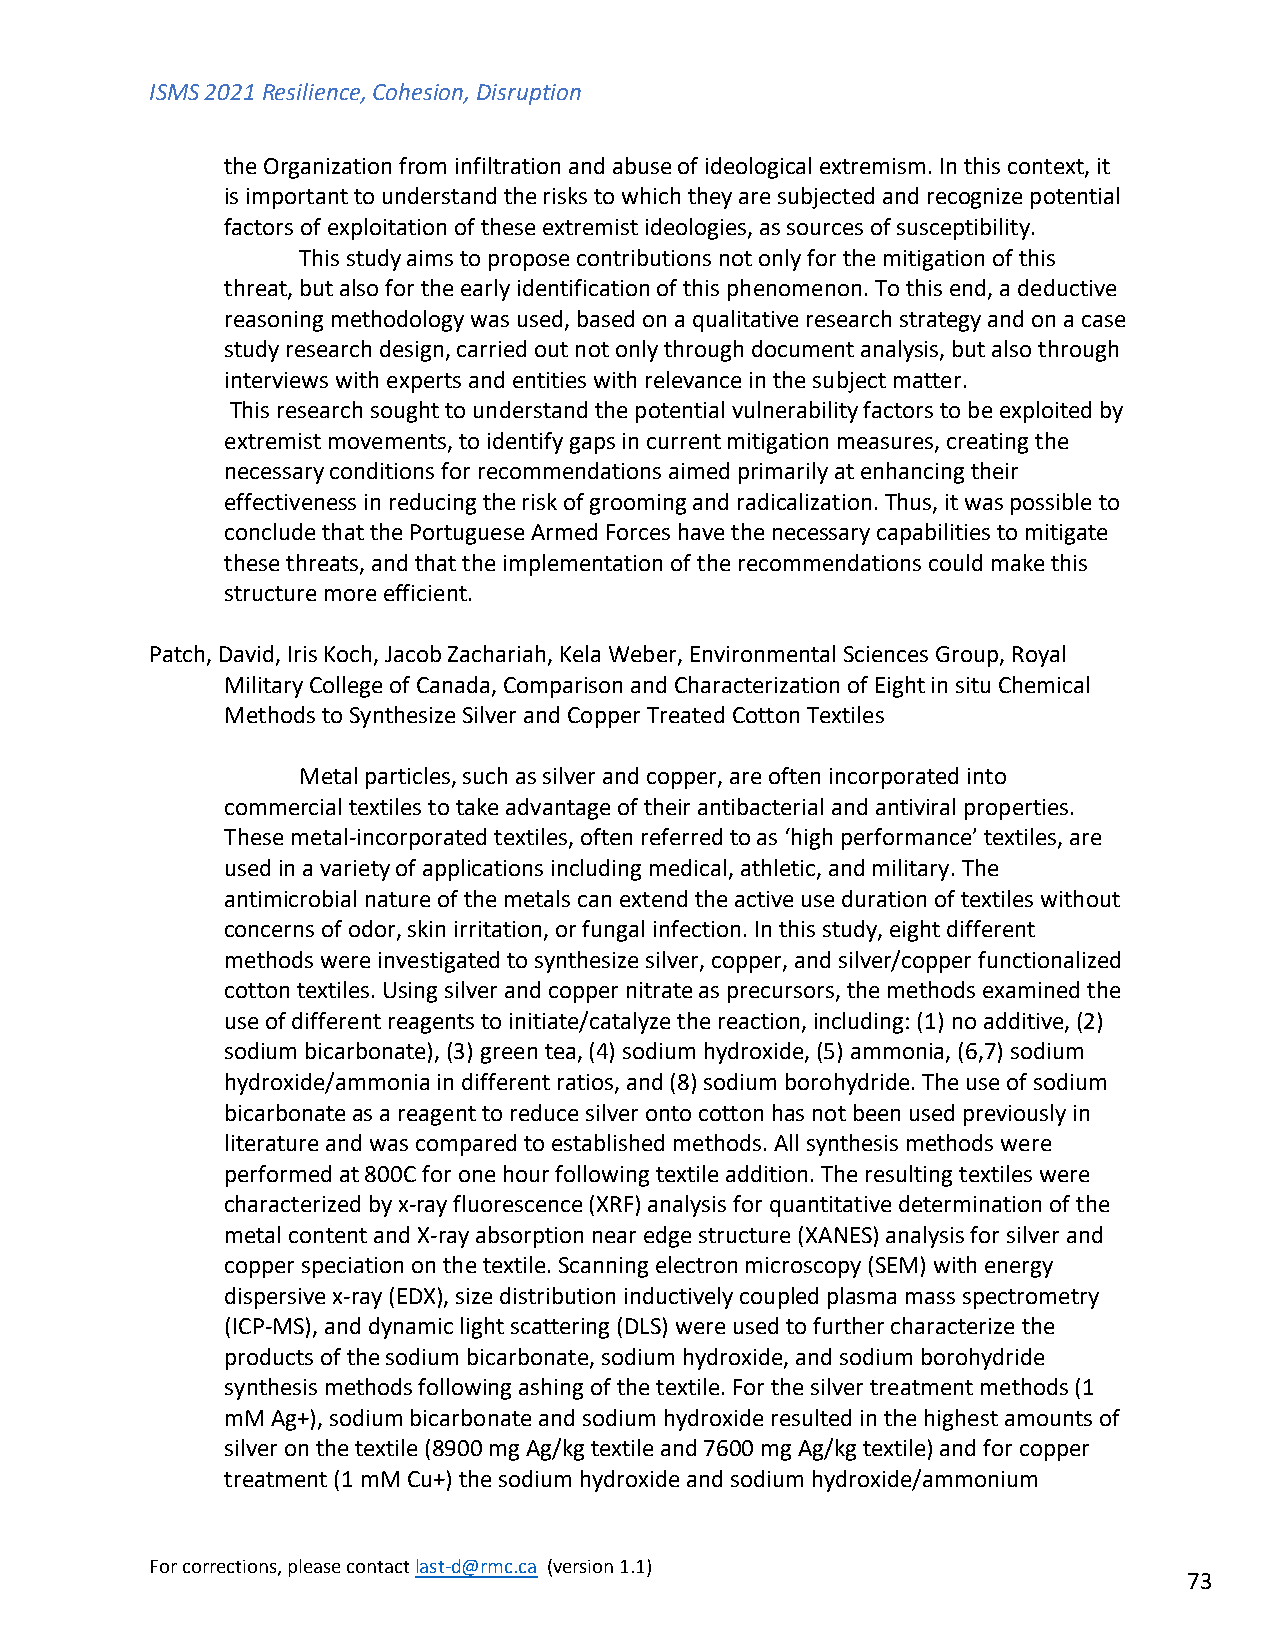
ISMS 2021 Resilience, Cohesion, Disruption
 the Organization from infiltration and abuse of ideological extremism. In this context, it
 is important to understand the risks to which they are subjected and recognize potential
 factors of exploitation of these extremist ideologies, as sources of susceptibility.
 This study aims to propose contributions not only for the mitigation of this
 threat, but also for the early identification of this phenomenon. To this end, a deductive
 reasoning methodology was used, based on a qualitative research strategy and on a case
 study research design, carried out not only through document analysis, but also through
 interviews with experts and entities with relevance in the subject matter.
 This research sought to understand the potential vulnerability factors to be exploited by
 extremist movements, to identify gaps in current mitigation measures, creating the
 necessary conditions for recommendations aimed primarily at enhancing their
 effectiveness in reducing the risk of grooming and radicalization. Thus, it was possible to
 conclude that the Portuguese Armed Forces have the necessary capabilities to mitigate
 these threats, and that the implementation of the recommendations could make this
 structure more efficient.
 Patch, David, Iris Koch, Jacob Zachariah, Kela Weber, Environmental Sciences Group, Royal
 Military College of Canada, Comparison and Characterization of Eight in situ Chemical
 Methods to Synthesize Silver and Copper Treated Cotton Textiles
 Metal particles, such as silver and copper, are often incorporated into
 commercial textiles to take advantage of their antibacterial and antiviral properties.
 These metal-incorporated textiles, often referred to as ‘high performance’ textiles, are
 used in a variety of applications including medical, athletic, and military. The
 antimicrobial nature of the metals can extend the active use duration of textiles without
 concerns of odor, skin irritation, or fungal infection. In this study, eight different
 methods were investigated to synthesize silver, copper, and silver/copper functionalized
 cotton textiles. Using silver and copper nitrate as precursors, the methods examined the
 use of different reagents to initiate/catalyze the reaction, including: (1) no additive, (2)
 sodium bicarbonate), (3) green tea, (4) sodium hydroxide, (5) ammonia, (6,7) sodium
 hydroxide/ammonia in different ratios, and (8) sodium borohydride. The use of sodium
 bicarbonate as a reagent to reduce silver onto cotton has not been used previously in
 literature and was compared to established methods. All synthesis methods were
 performed at 800C for one hour following textile addition. The resulting textiles were
 characterized by x-ray fluorescence (XRF) analysis for quantitative determination of the
 metal content and X-ray absorption near edge structure (XANES) analysis for silver and
 copper speciation on the textile. Scanning electron microscopy (SEM) with energy
 dispersive x-ray (EDX), size distribution inductively coupled plasma mass spectrometry
 (ICP-MS), and dynamic light scattering (DLS) were used to further characterize the
 products of the sodium bicarbonate, sodium hydroxide, and sodium borohydride
 synthesis methods following ashing of the textile. For the silver treatment methods (1
 mM Ag+), sodium bicarbonate and sodium hydroxide resulted in the highest amounts of
 silver on the textile (8900 mg Ag/kg textile and 7600 mg Ag/kg textile) and for copper
 treatment (1 mM Cu+) the sodium hydroxide and sodium hydroxide/ammonium
 For corrections, please contact last-d@rmc.ca (version 1.1)
 73